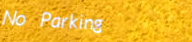
No Parking